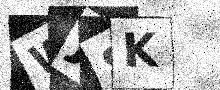
Text: WJ8K